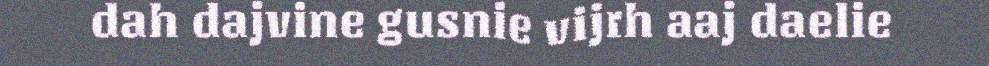
dah dajvine gusnie vijrh aaj daelie